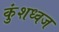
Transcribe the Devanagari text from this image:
कुंशध्वज